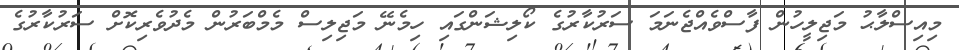
މިއިސްލާޙު މަޖިލީހުން ފާސްވެއްޖެނަމަ ސަރުކާރުގެ ކޯލިޝަންގައި ހިމެނޭ މަޖިލިސް މެމްބަރުން މެދުވެރިކޮށް ސަރުކާރުގެ